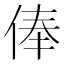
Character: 俸